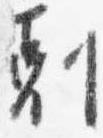
剋